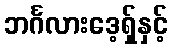
ဘင်္ဂလားဒေ့ရှ်နှင့်